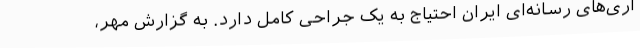
اری‌های رسانه‌ای ایران احتیاج به یک جراحی کامل دارد. به گزارش مهر،